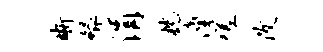
晰绿涓枕潼嗟改